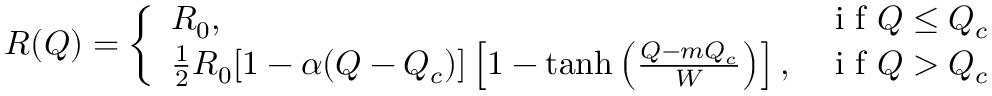
\begin{array} { r } { R ( Q ) = \left\{ \begin{array} { l l } { R _ { 0 } , } & { \mathrm { ~ i ~ f ~ } Q \leq Q _ { c } } \\ { \frac { 1 } { 2 } R _ { 0 } [ 1 - \alpha ( Q - Q _ { c } ) ] \left[ 1 - \operatorname { t a n h } \left( \frac { Q - m Q _ { c } } { W } \right) \right] , } & { \mathrm { ~ i ~ f ~ } Q > Q _ { c } } \end{array} \right. } \end{array}